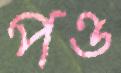
পণ্ড